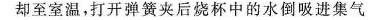
却至室温，打开弹簧夹后烧杯中的水倒吸进集气